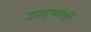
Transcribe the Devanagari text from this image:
उपद्य्वापी